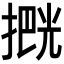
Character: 𫽶